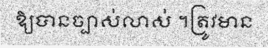
ឱ្យបានច្បាស់លាស់ ។ត្រូវមាន